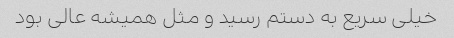
خیلی سریع به دستم رسید و مثل همیشه عالی بود